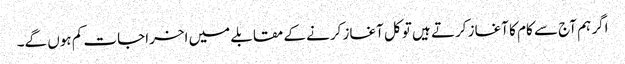
اگر ہم آج سے کام کا آغاز کرتے ہیں تو کل آغاز کرنے کے مقابلے میں اخراجات کم ہوں گے۔